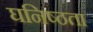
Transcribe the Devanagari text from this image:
घनिष्‍ठता